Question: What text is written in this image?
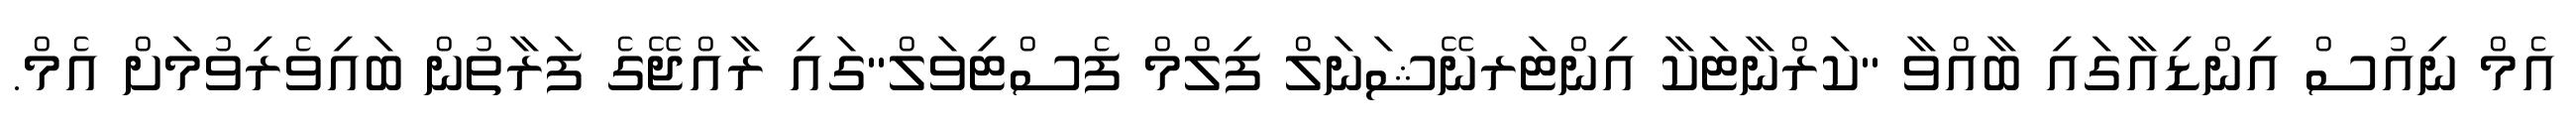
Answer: އެމް ނިއުސް އިންޑިއާގައި ބާއްވާ "ކަރްނާޓަކާ އިންޓަރނޭޝަނަލް ފިލްމް ފެސްޓިވަލް"ގައި ރާއްޖޭގެ ފަރާތުން ބައިވެރިވުމަށް އެމް.